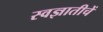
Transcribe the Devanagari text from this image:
स्वज्ञातीचें